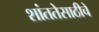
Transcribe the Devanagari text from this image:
शांततेसाठीचे